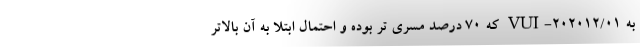
به VUI-۲۰۲۰۱۲/۰۱ که ۷۰ درصد مسری تر بوده و احتمال ابتلا به آن بالاتر